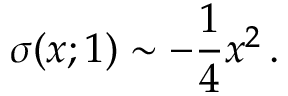
\sigma ( x ; 1 ) \sim - { \frac { 1 } { 4 } } x ^ { 2 } \, .